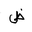
Letter: _dad